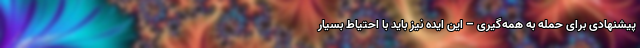
پیشنهادی برای حمله به همه‌گیری – این ایده نیز باید با احتیاطِ بسیار